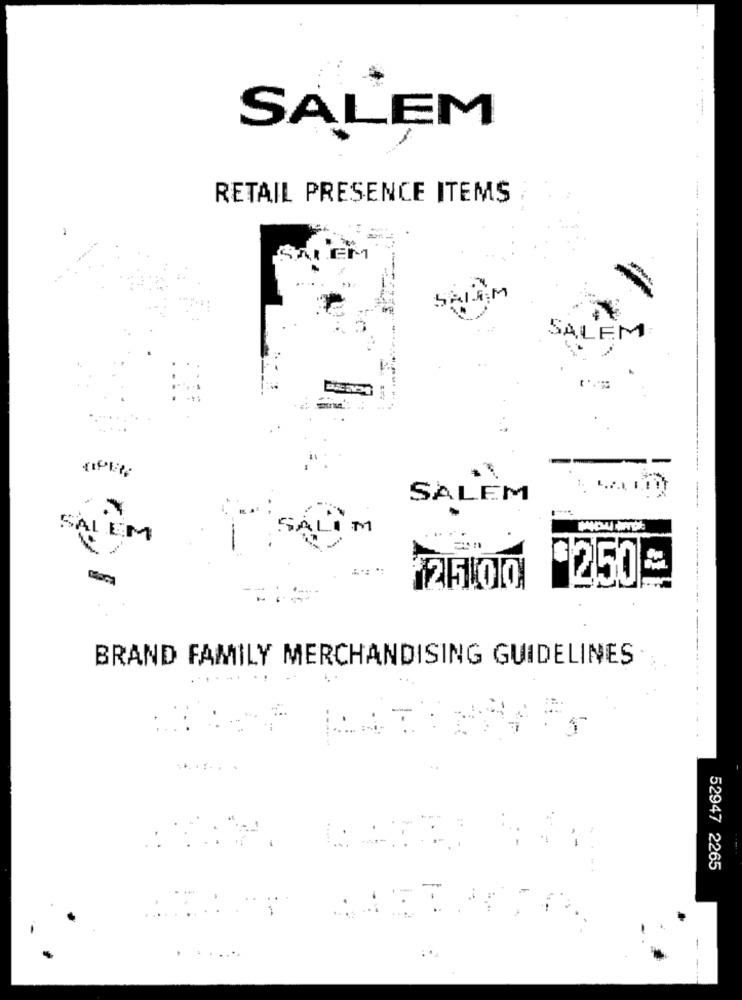
SALEM
RETAIL PRESENCE ITEMS
SALEM
-
.....
SALEM
M
SALEM
$250
25.00
BRAND FAMILY MERCHANDISING GUIDELINES
.
:
52947 2265
...